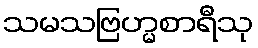
သမသဗြဟ္မစာရီသု